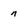
Character: n